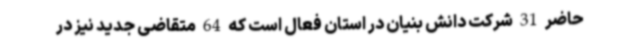
حاضر 31 شرکت دانش بنیان در استان فعال است که 64 متقاضی جدید نیز در